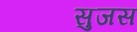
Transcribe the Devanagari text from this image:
सुजस